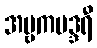
အမ္ဗကမဒ္ဒရီ